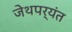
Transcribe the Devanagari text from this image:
जेथपर्यंत